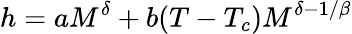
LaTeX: h=aM^{\delta}+b(T-T_{c})M^{\delta-1/\beta}